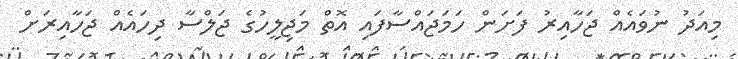
މިއަދު ނުވައެއް ޖަހާއިރު ފަށަން ހަމަޖައްސާފައި އޮތް މަޖިލީހުގެ ޖަލްސާ ދިހައެއް ޖަހާއިރަށް